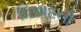
વિવાદનો